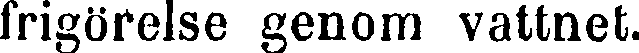
frigörelse genom vattnet.